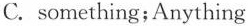
C. something;Anything